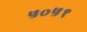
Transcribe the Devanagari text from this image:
५०५१